Indian journal of veterinary science and animal husbandry - Volume 3,
Year: 1933
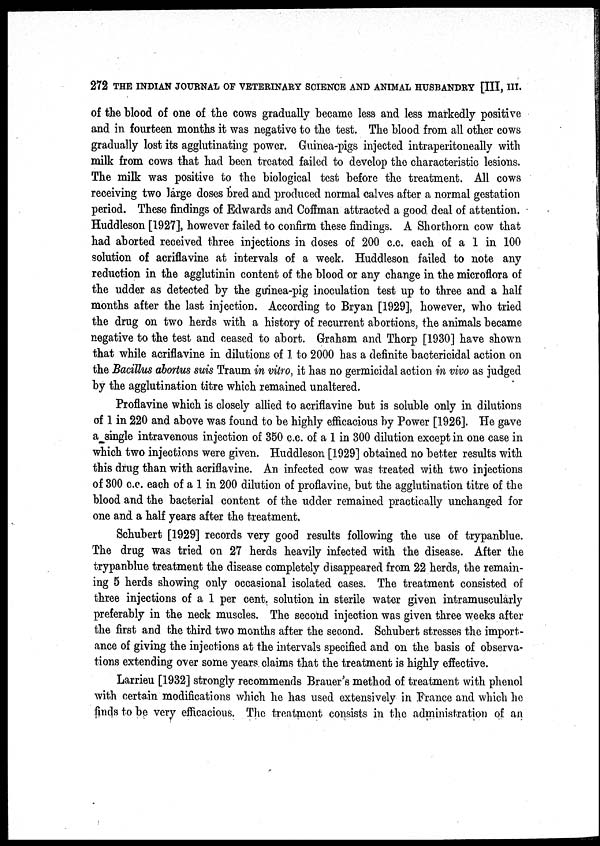
272 THE INDIAN JOURNAL OF VETERINARY SCIENCE AND ANIMAL HUSBANDRY [III, III.
of the blood of one of the cows gradually became less and less markedly positive
and in fourteen months it was negative to the test. The blood from all other cows
gradually lost its agglutinating power. Guinea-pigs injected intraperitoneally with
milk from cows that had been treated failed to develop the characteristic lesions.
The milk was positive to the biological test before the treatment. All cows
receiving two large doses bred and produced normal calves after a normal gestation
period. These findings of Edwards and Coffman attracted a good deal of attention.
Huddleson [1927], however failed to confirm these findings. A Shorthorn cow that
had aborted received three injections in doses of 200 c.c. each of a 1 in 100
solution of acriflavine at intervals of a week. Huddleson failed to note any
reduction in the agglutinin content of the blood or any change in the microflora of
the udder as detected by the guinea-pig inoculation test up to three and a half
months after the last injection. According to Bryan [1929], however, who tried
the drug on two herds with a history of recurrent abortions, the animals became
negative to the test and ceased to abort. Graham and Thorp [1930] have shown
that while acriflavine in dilutions of 1 to 2000 has a definite bactericidal action on
the Bacillus abortus suis Traum in vitro, it has no germicidal action in vivo as judged
by the agglutination titre which remained unaltered.
Proflavine which is closely allied to acriflavine but is soluble only in dilutions
of 1 in 220 and above was found to be highly efficacious by Power [1926]. He gave
a single intravenous injection of 350 c.c. of a 1 in 300 dilution except in one case in
which two injections were given. Huddleson [1929] obtained no better results with
this drug than with acriflavine. An infected cow was treated with two injections
of 300 c.c. each of a 1 in 200 dilution of proflavine, but the agglutination titre of the
blood and the bacterial content of the udder remained practically unchanged for
one and a half years after the treatment.
Schubert [1929] records very good results following the use of trypanblue.
The drug was tried on 27 herds heavily infected with the disease. After the
trypanblue treatment the disease completely disappeared from 22 herds, the remain-
ing 5 herds showing only occasional isolated cases. The treatment consisted of
three injections of a 1 per cent. solution in sterile water given intramuscularly
preferably in the neck muscles. The second injection was given three weeks after
the first and the third two months after the second. Schubert stresses the import-
ance of giving the injections at the intervals specified and on the basis of observa-
tions extending over some years claims that the treatment is highly effective.
Larrieu [1932] strongly recommends Brauer's method of treatment with phenol
with certain modifications which he has used extensively in France and which he
finds to be very efficacious. The treatment consists in the administration of an